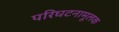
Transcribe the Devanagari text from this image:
परिघटनामूलक